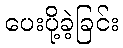
ပေးပို့ခဲ့ခြင်း